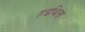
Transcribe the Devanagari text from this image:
हइथिला